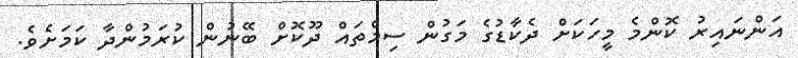
އަންނައިރު ކޮންމެ މީހަކަށް ދެކާޑުގެ މަގުން ސިމްތައް ދޫކޮށް ބޭނުން ކުރަމުންދާ ކަމަށެވެ.